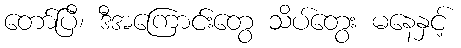
တော်ပြီ၊ ဒီအကြောင်းတွေ သိပ်တွေး မနေနှင့်